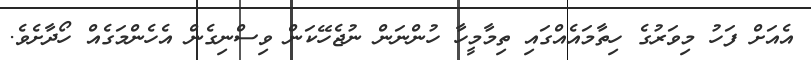
އެއަށް ފަހު މިވަރުގެ ހިތާމައެއްގައި ތިމާމީހާ ހުންނަން ނުޖެހޭކަން ވިސްނިގެން އެހެންމަގެއް ހޯދާށެވެ.